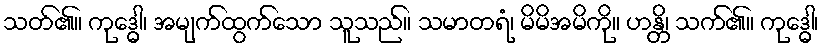
သတ်၏။ ကုဒ္ဓေါ၊ အမျက်ထွက်သော သူသည်။ သမာတရံ၊ မိမိအမိကို။ ဟန္တိ၊ သက်၏။ ကုဒ္ဓေါ၊